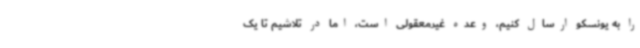
را به یونسکو ارسال کنیم، وعده غیرمعقولی است، اما در تلاشیم تا یک